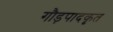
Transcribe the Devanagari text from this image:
गौड़पादकृत